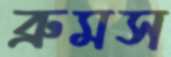
ব্রুমস